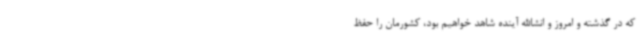
که در گذشته و امروز و انشاالله آینده شاهد خواهیم بود، کشورمان را حفظ